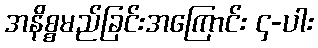
အနိစ္စမည်ခြင်းအကြောင်း ၄-ပါး